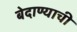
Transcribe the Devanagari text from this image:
बेदाण्याची